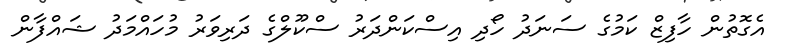
އެގޮތުން ހާފިޒް ކަމުގެ ސަނަދު ހޯދި އިސްކަންދަރު ސްކޫލްގެ ދަރިވަރު މުހައްމަދު ޝައްފާން